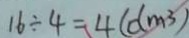
1 6 \div 4 = 4 ( d m ^ { 3 } )